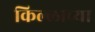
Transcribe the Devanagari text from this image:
किल्लाच्या